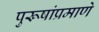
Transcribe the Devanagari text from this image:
पुरूषांप्रमाणे